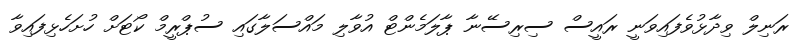
ރަނިލް ވިދާޅުވެފައިވަނީ ރައީސް ސިރިސޭނާ ޕާލަމެންޓް އުވާލި މައްސަލާގައި ސުޕްރީމް ކޯޓަށް ހުށަހެޅިފައިވާ